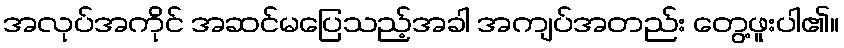
အလုပ်အကိုင် အဆင်မပြေသည့်အခါ အကျပ်အတည်း တွေ့ဖူးပါ၏။